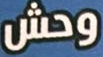
وحش